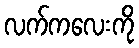
လက်ကလေးကို